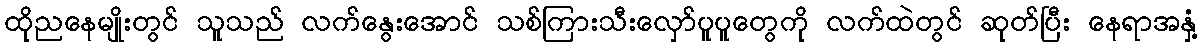
ထိုညနေမျိုးတွင် သူသည် လက်နွေးအောင် သစ်ကြားသီးလှော်ပူပူတွေကို လက်ထဲတွင် ဆုတ်ပြီး နေရာအနှံ့